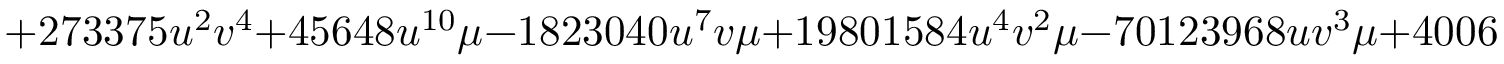
+ 2 7 3 3 7 5 u ^ { 2 } v ^ { 4 } + 4 5 6 4 8 u ^ { 1 0 } \mu - 1 8 2 3 0 4 0 u ^ { 7 } v \mu + 1 9 8 0 1 5 8 4 u ^ { 4 } v ^ { 2 } \mu - 7 0 1 2 3 9 6 8 u v ^ { 3 } \mu + 4 0 0 6 1 9 5 2 u ^ { 6 } { \mu } ^ { 2 }